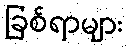
ခြစ်ရာများ